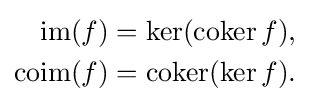
{\begin{aligned}\operatorname {im} (f)&=\ker(\operatorname {coker} f),\\\operatorname {coim} (f)&=\operatorname {coker} (\ker f).\end{aligned}}